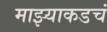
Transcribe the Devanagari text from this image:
माझ्याकडचं